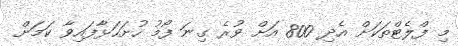
މި ފްލެޓްތަކަށް އެދި 800 އަށް ވުރެ ގިނަ ފޯމު ހުށަހަޅާފައިވާ ކަމަށް